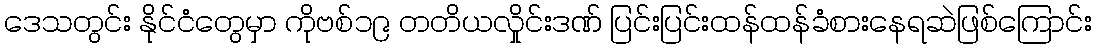
ဒေသတွင်း နိုင်ငံတွေမှာ ကိုဗစ်၁၉ တတိယလှိုင်းဒဏ် ပြင်းပြင်းထန်ထန်ခံစားနေရဆဲဖြစ်ကြောင်း